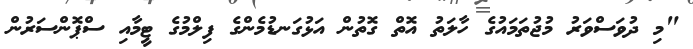
"މި ދުވަސްވަރު މުޖުތަމައުގެ ހާލަތު އޮތް ގޮތުން އަޅުގަނޑުމެންގެ ފިލްމުގެ ޓީމާއި ސްޕޮންސަރުން